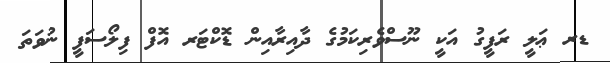
ޑރ ޢަލީ ރަފީގު އަކީ ނޫސްވެރިކަމުގެ ދާއިރާއިން ޑޮކްޓަރ އޮފް ފިލޯސަފީ ނުވަތަ